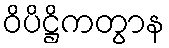
ဝိပိဋ္ဌိကတွာန